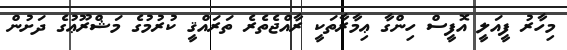
މިހާރު ފީއަލީ އޮފީސް ހިންގާ ޢިމާރާތަކީ ރާއްޖެތެރެ ތަރައްޤީ ކުރުމުގެ މަޝްރޫޢުގެ ދަށުން